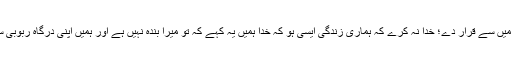
مجھے اس میں اپنی بارگاہ کے مقربین میں سے قرار دے؛ خدا نہ کرے کہ ہماری زندگی ایسی ہو کہ خدا ہمیں یہ کہے کہ تو میرا بندہ نہیں ہے اور ہمیں اپنی درگاہ ربوبی سے دور کر دے اور کہے کہ نکل جاؤ!